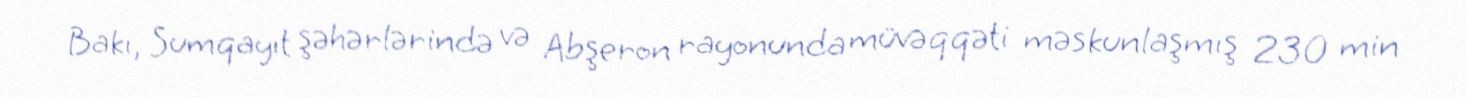
Bakı, Sumqayıt şəhərlərində və Abşeron rayonunda müvəqqəti məskunlaşmış 230 min